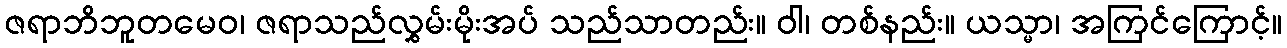
ဇရာဘိဘူတမေဝ၊ ဇရာသည်လွှမ်းမိုးအပ် သည်သာတည်း။ ဝါ၊ တစ်နည်း။ ယသ္မာ၊ အကြင်ကြောင့်။